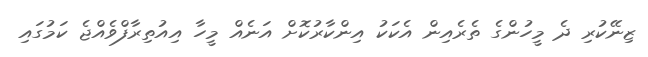
ޒިނޭކުރި ދެ މީހުންގެ ތެރެއިން އެކަކު އިންކާރުކޮށް އަނެއް މީހާ އިއުތިރާފްވެއްޖެ ކަމުގައި